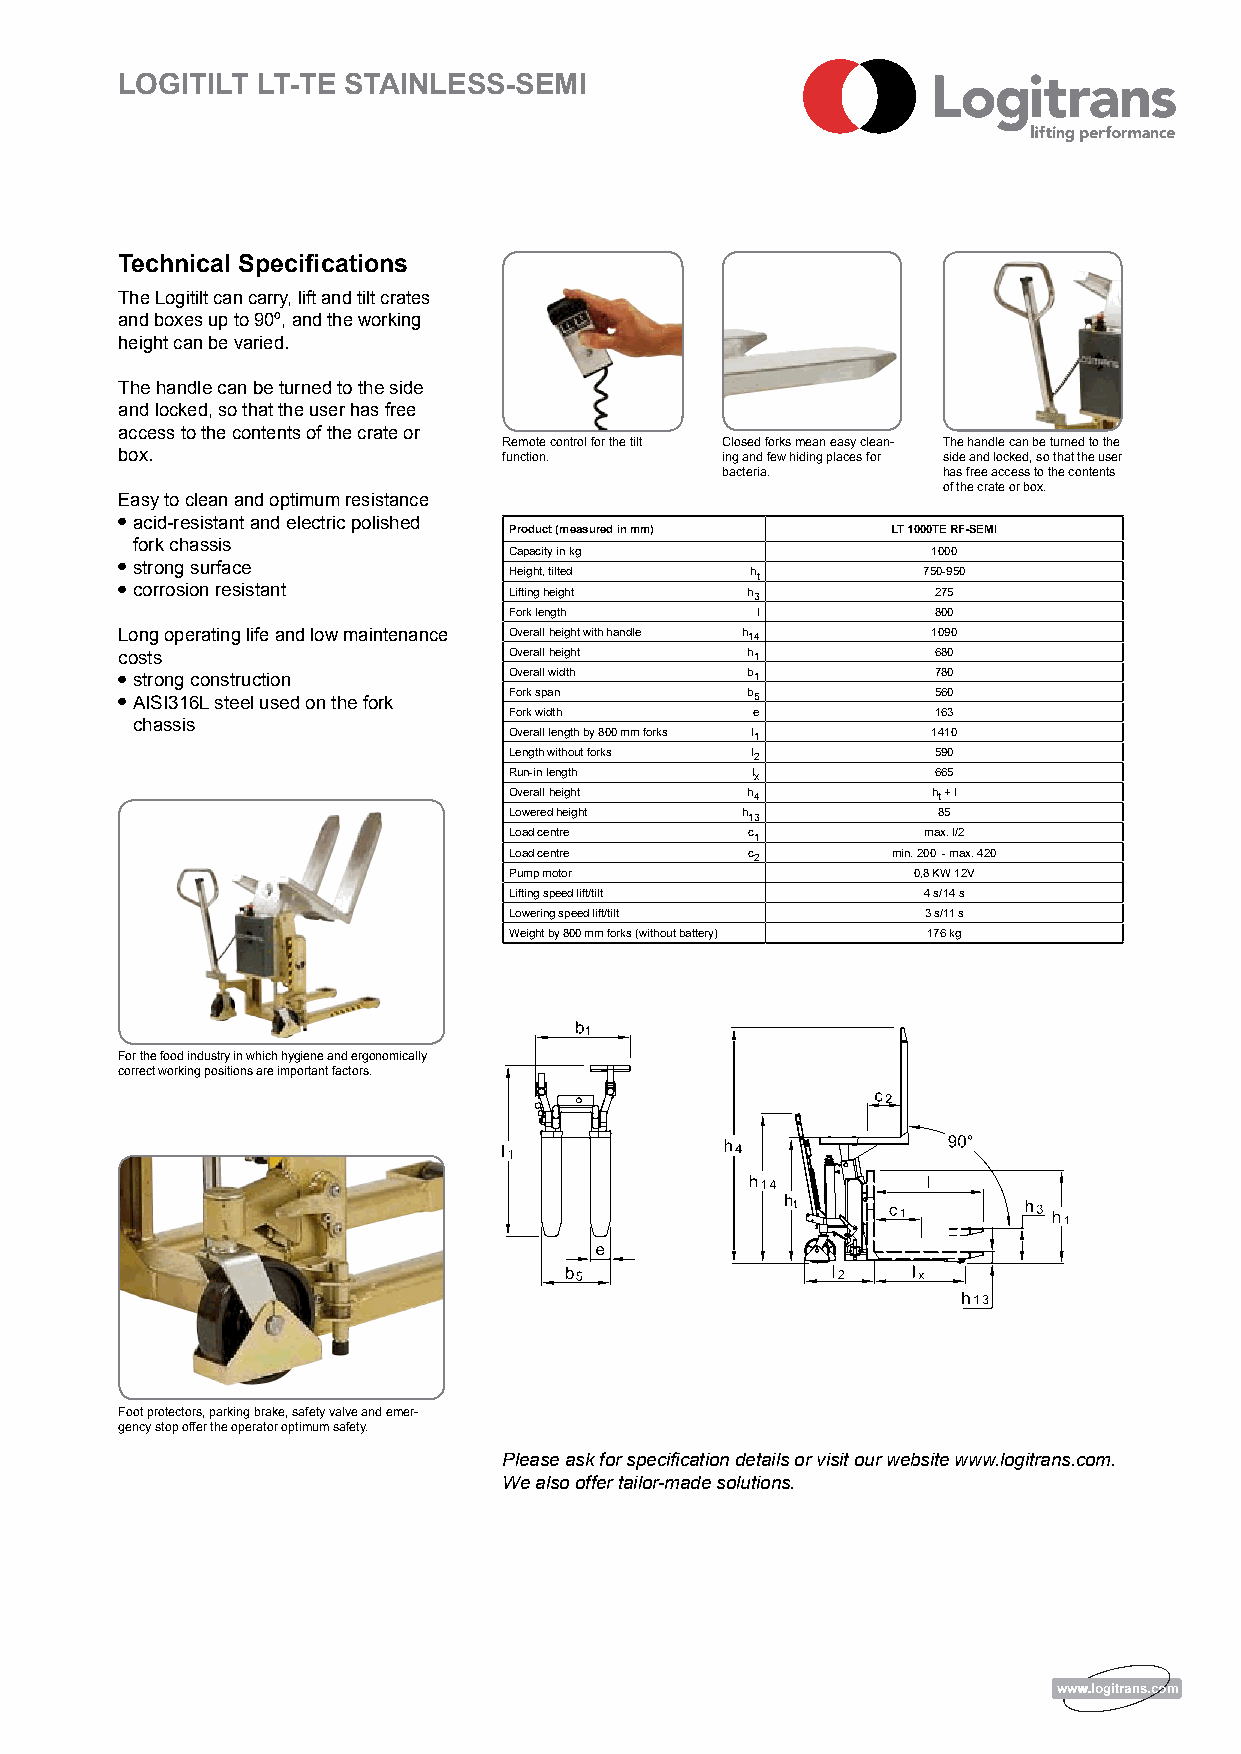
LOGITILT LT-TE STAINLESS-SEMI
 Technical Specifications
 The Logitilt can carry, lift and tilt crates
 and boxes up to 90º, and the working
 height can be varied.
 The handle can be turned to the side
 and locked, so that the user has free
 access to the contents of the crate or
 Remote control for the tilt Closed forks mean easy clean- The handle can be turned to the
 box.                     function.      ing and few hiding places for side and locked, so that the user
 bacteria.     has free access to the contents
 of the crate or box.
 Easy to clean and optimum resistance
 l acid-resistant and electric polished
 Product (measured in mm) LT 1000TE RF-SEMI
 fork chassis
 Capacity in kg              1000
 l strong surface          Height, tilted  ht         750-950
 l corrosion resistant     Lifting height h3           275
 Fork length     l           800
 Long operating life and low maintenance Overall height with handle h14 1090
 costs                     Overall height h1           680
 l strong construction     Overall width  b1           780
 l AISI316L steel used on the fork
 Fork span      b5           560
 Fork width      e           163
 chassis
 Overall length by 800 mm forks l1 1410
 Length without forks l2     590
 Run-in length   lx          665
 Overall height h4           ht + l
 Lowered height h13          85
 Load centre    c1          max. l/2
 Load centre    c2        min. 200 - max. 420
 Pump motor                0,8 KW 12V
 Lifting speed lift/tilt    4 s/14 s
 Lowering speed lift/tilt   3 s/11 s
 Weight by 800 mm forks (without battery) 176 kg
 For the food industry in which hygiene and ergonomically
 correct working positions are important factors.
 Foot protectors, parking brake, safety valve and emer-
 gency stop offer the operator optimum safety.
 Please ask for specification details or visit our website www.logitrans.com.
 We also offer tailor-made solutions.
 wwwwwwwww...llooggiittrraannss..ccoomm